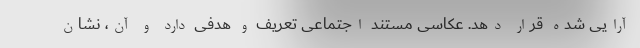
آرایی شده قرار دهد. عکاسی مستند اجتماعی تعریف و هدفی دارد و آن، نشان